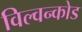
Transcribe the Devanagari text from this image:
विल्वन्कोड